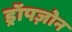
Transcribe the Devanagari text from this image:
ड्रॉपज़ोन